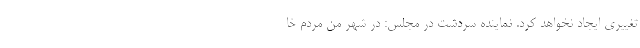
تغییری ایجاد نخواهد کرد. نماینده سردشت در مجلس: در شهر من مردم خا